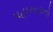
પહાચાડાતો